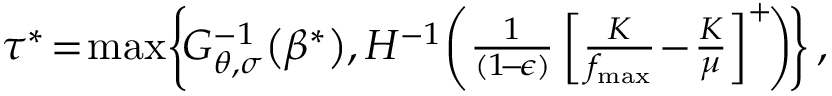
\begin{array} { r } { \tau ^ { * } \! = \! \operatorname* { m a x } \! \left\{ \! G _ { \boldsymbol { \theta } , \boldsymbol { \sigma } } ^ { - 1 } \! \left( \beta ^ { * } \right) \! , H ^ { - 1 } \! \left( \frac { 1 } { ( 1 \! - \! \epsilon ) } \left[ \frac { K } { f _ { \operatorname* { m a x } } } \! - \! \frac { K } { \mu } \right] ^ { + } \! \right) \! \right\} , } \end{array}